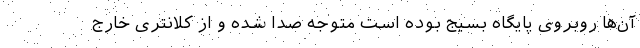
آن‌ها روبروی پایگاه بسیج بوده است متوجه صدا شده و از کلانتری خارج